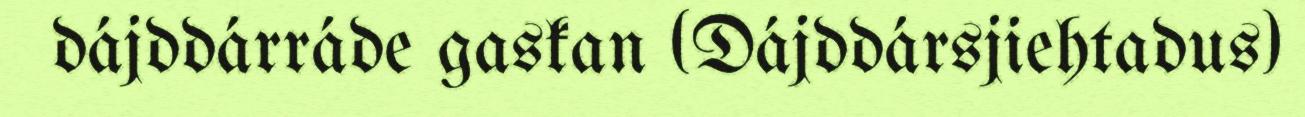
dájddárráde gaskan (Dájddársjiehtadus)